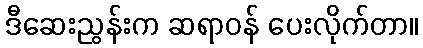
ဒီဆေးညွန်းက ဆရာဝန် ပေးလိုက်တာ။